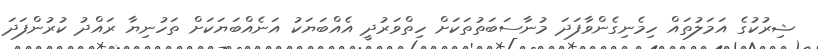
ޝިރުކުގެ އަމަލުތައް ހިމެނިގެންވާފަދަ މުނާސަބަތުތަކަށް ހިތްވަރުދީ އެއްބަޔަކު އަނެއްބަޔަކަށް ތަހުނިޔާ ރައްދު ކުރުންފަދަ